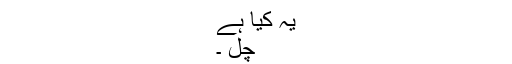
یہ کیا ہے
چل ۔